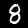
Digit: 8